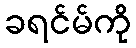
ခရင်မ်ကို